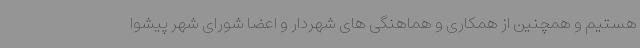
هستیم و همچنین از همکاری و هماهنگی های شهردار و اعضا شورای شهر پیشوا